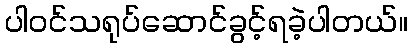
ပါဝင်သရုပ်ဆောင်ခွင့်ရခဲ့ပါတယ်။